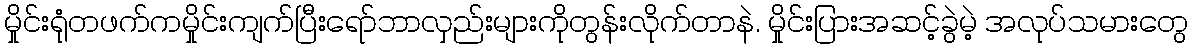
မှိုင်းရုံတဖက်ကမှိုင်းကျက်ပြီးရော်ဘာလှည်းများကိုတွန်းလိုက်တာနဲ. မှိုင်းပြားအဆင့်ခွဲမဲ့ အလုပ်သမားတွေ